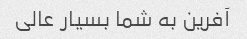
آفرین به شما بسیار عالی